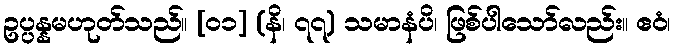
ဥပ္ပန္နမဟုတ်သည်။ [၀၁] (နိ၊ ၇၇) သမာနံပိ၊ ဖြစ်ပါသော်လည်း။ ဧဝံ၊